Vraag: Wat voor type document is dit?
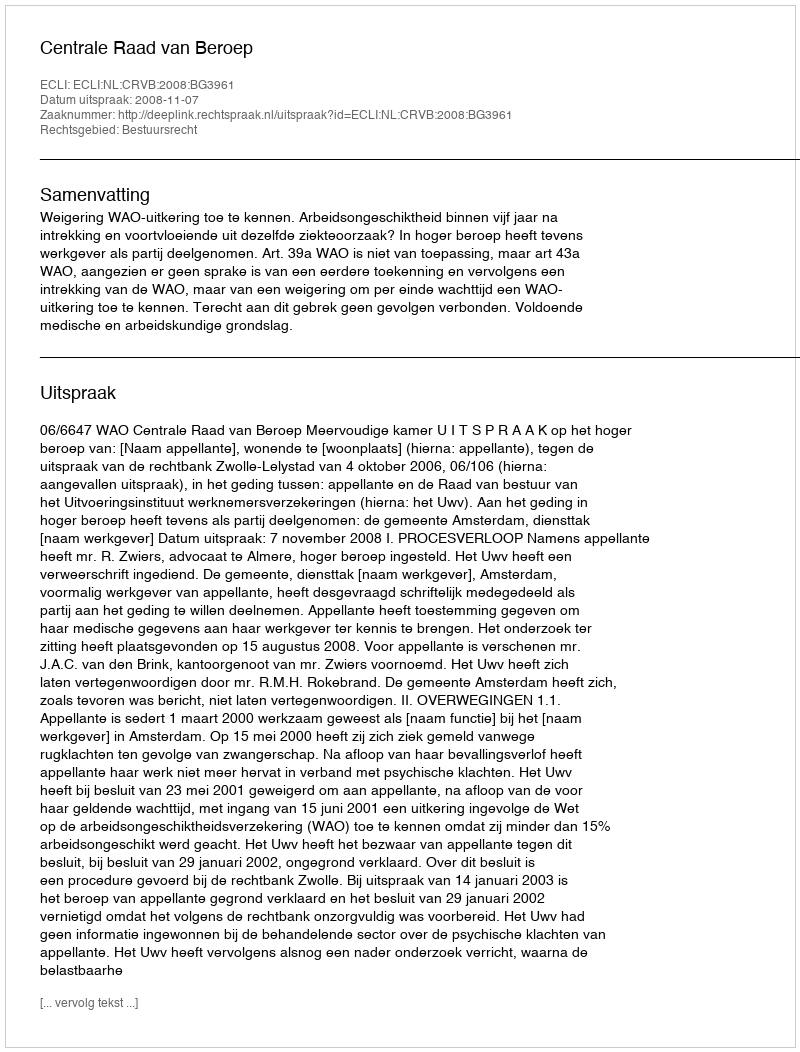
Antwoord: Uitspraak